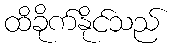
ထိခိုက်နိုင်သည်